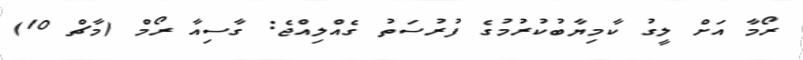
ރޯމާ އަށް ލީގު ކާމިޔާބުކުރުމުގެ ފުރުސަތު ގެއްލިއްޖެ: ގާސިއާ ރޯމް (މާޗް 10)